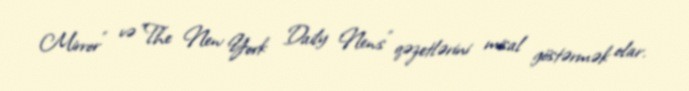
Mirror" və "The New York Daily News" qəzetlərini misal göstərmək olar.